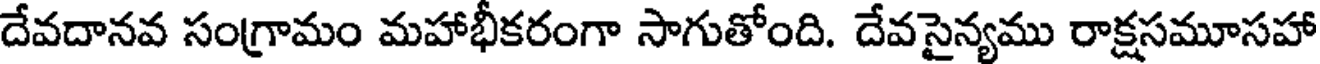
దేవదానవ సంగ్రామం మహాభీకరంగా సాగుతోంది. దేవసైన్యము రాక్షసమూసహా